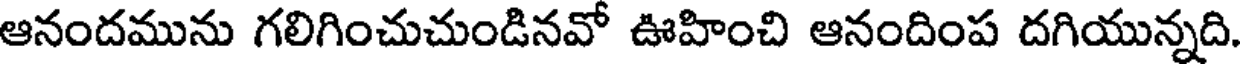
ఆనందమును గలిగించుచుండినవో ఊహించి ఆనందింప దగియున్నది